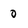
Character: 0